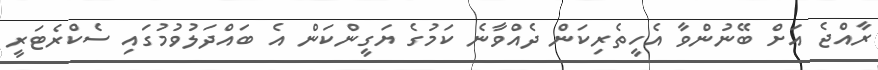
ރާއްޖެ އަށް ބޭނުންވާ އެހީތެރިކަން ދެއްވާނެ ކަމުގެ ޔަގީންކަން އެ ބައްދަލުވުމުގައި ސެކްރެޓަރީ